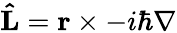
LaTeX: \mathbf{\hat{L}}=\mathbf{r}\times-i\hbar\nabla